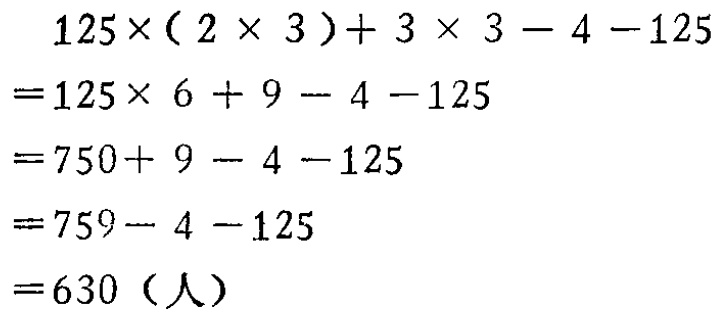
\[
\begin{align*}
&125\times(2\times3)+3\times3 - 4 - 125\\
=&125\times6 + 9 - 4 - 125\\
=&750+9 - 4 - 125\\
=&759 - 4 - 125\\
=&630（人）
\end{align*}
\]